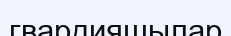
гвардияшылар